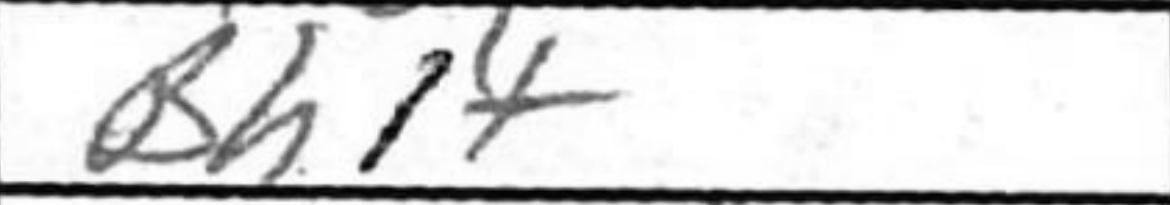
Transcription: Bh1+